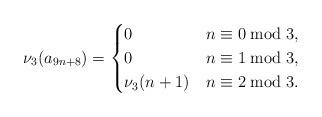
LaTeX: \begin{align*}\nu_{3}(a_{9n+8}) = \begin{cases}0 & n \equiv 0 \bmod 3, \\0 & n \equiv 1 \bmod 3, \\\nu_{3}(n+1) & n \equiv 2 \bmod 3.\end{cases}\end{align*}